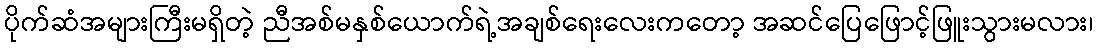
ပိုက်ဆံအများကြီးမရှိတဲ့ ညီအစ်မနှစ်ယောက်ရဲ့အချစ်ရေးလေးကတော့ အဆင်ပြေဖြောင့်ဖြူးသွားမလား၊